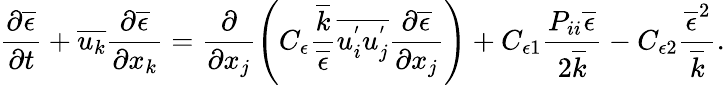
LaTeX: \frac{\partial\overline{{\epsilon}}}{\partial t}+\overline{{u_{k}}}\frac{\partial\overline{{\epsilon}}}{\partial x_{k}}=\frac{\partial}{\partial x_{j}}\left(C_{\epsilon}\frac{\overline{{k}}}{\overline{{\epsilon}}}\overline{{u_{i}^{'}u_{j}^{'}}}\frac{\partial\overline{{\epsilon}}}{\partial x_{j}}\right)+C_{\epsilon 1}\frac{P_{ii}\overline{{\epsilon}}}{2\overline{{k}}}-C_{\epsilon 2}\frac{\overline{{\epsilon}}^{2}}{\overline{{k}}}.